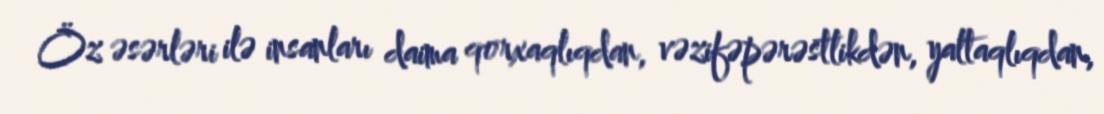
Öz əsərləri ilə insanları daima qorxaqlıqdan, vəzifəpərəstlikdən, yaltaqlıqdan,